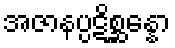
အဇာနပ္ပဋိစ္ဆန္နော